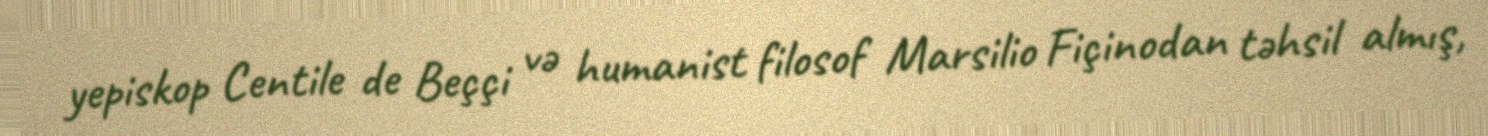
yepiskop Centile de Beççi və humanist filosof Marsilio Fiçinodan təhsil almış,